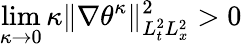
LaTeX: \operatorname*{lim}_{\kappa\to 0}\kappa\| \nabla\theta^{\kappa}\| _{L_{t}^{2}L_{x}^{2}}^{2}>0